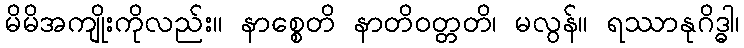
မိမိအကျိုးကိုလည်း။ နာစ္စေတိ နာတိဝတ္တတိ၊ မလွန်။ ရဿာနုဂိဒ္ဓါ၊